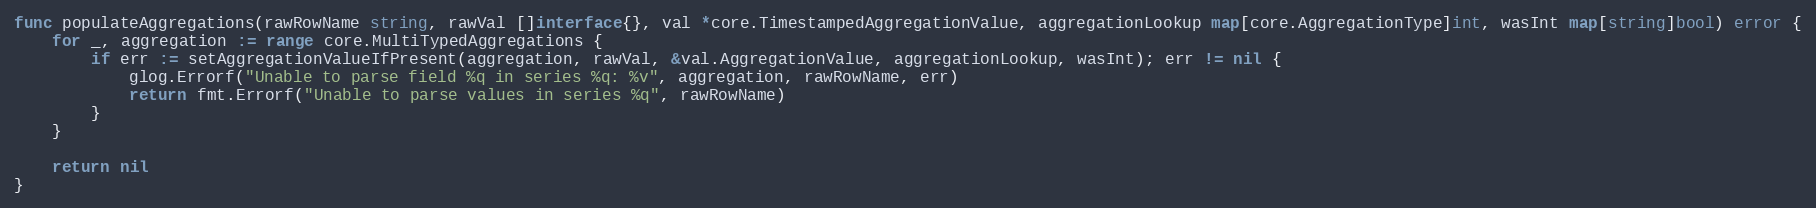
Language: Go
func populateAggregations(rawRowName string, rawVal []interface{}, val *core.TimestampedAggregationValue, aggregationLookup map[core.AggregationType]int, wasInt map[string]bool) error {
	for _, aggregation := range core.MultiTypedAggregations {
		if err := setAggregationValueIfPresent(aggregation, rawVal, &val.AggregationValue, aggregationLookup, wasInt); err != nil {
			glog.Errorf("Unable to parse field %q in series %q: %v", aggregation, rawRowName, err)
			return fmt.Errorf("Unable to parse values in series %q", rawRowName)
		}
	}

	return nil
}